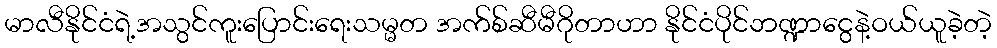
မာလီနိုင်ငံရဲ့အသွင်ကူးပြောင်းရေးသမ္မတ အက်စ်ဆီမီဂိုတာဟာ နိုင်ငံပိုင်ဘဏ္ဍာငွေနဲ့ဝယ်ယူခဲ့တဲ့